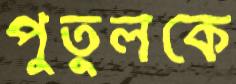
পুতুলকে